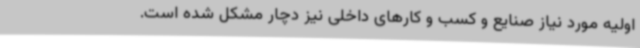
اولیه مورد نیاز صنایع و کسب و کارهای داخلی نیز دچار مشکل شده است.